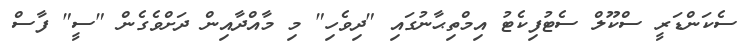
ސެކަންޑަރީ ސްކޫލް ސެޓުފިކެޓު އިމްތިޙާނުގައި "ދިވެހި" މި މާއްދާއިން ދަށްވެގެން "ސީ" ފާސް